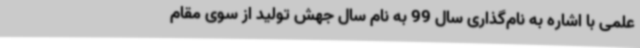
علمی با اشاره به نام‌گذاری سال 99 به نام سال جهش تولید از سوی مقام